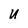
Character: U